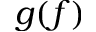
g ( f )